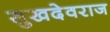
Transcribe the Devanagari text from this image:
सुखदेवराज